Lunatic asylums in Bengal annual reports 1899-1911 - 1899-1911
Year: 1899
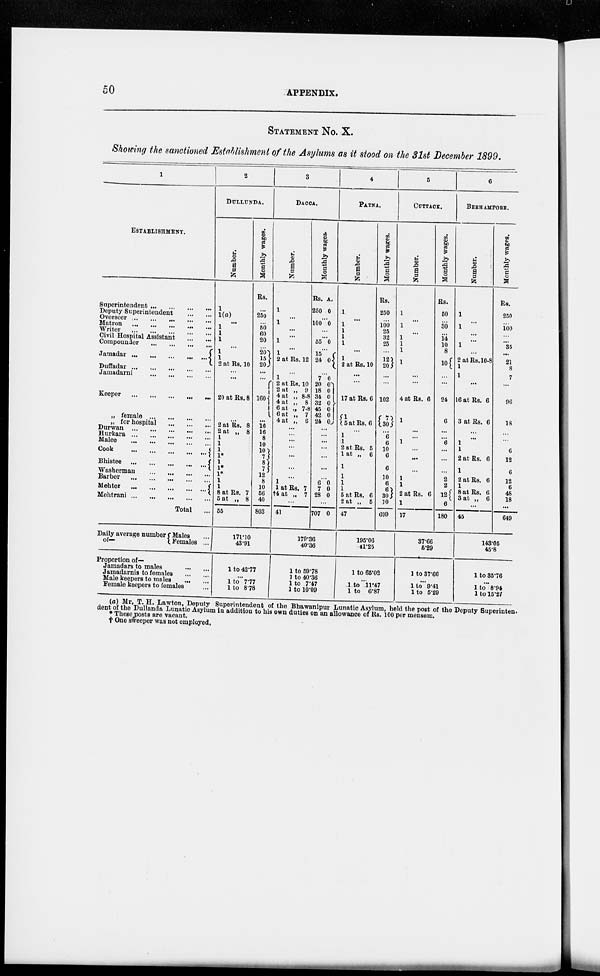
50
APPENDIX.
STATEMENT No. X.
Showing the sanctioned Establishment of the Asylums as it stood on the 31st December 1899.
1
ESTABLISHMENT.
Superintendent ... ... ... ...
Deputy Superintendent ... ...
Overseer ... ... ... ... ... ...
Matron ... ... ... ... ... ...
Writer ... ... ... ... ... ...
Civil Hospital Assistant ... ... ... ...
Compounder ... ... ... ...
Jamadar ... ... ... ...
Duffadar ... ... ... ...
Jamadarni ... ... ... ...
Keener ... ... ... ...
„ female ... ... ... ...
„ for hospital ... ... ... ...
Durwan ... ... ... ... ... ...
Hurkara ... ... ... ... ... ...
Malee ... ... ... ... ... ...
Cook ... ... ... ... ... ...
Bhistee ... ... ... ...
Washerman ... ... ... ...
Barber ... ... ... ... ... ...
Mehter ... ... ... ...
Mehtrani ... ... ... ...
Total ...
Daily average number
of—
Males ...
Females ...
Proportion of—
Jamadars to males ... ...
Jamadarnis to females ... ...
Male keepers to males ... ...
Female keepers to females ...
2
DULLUNDA.
Number.
1
1(a)
...
1
1
1
...
1
1
2 at Rs. 10
...
...
20 at Rs. 8
...
2 at Rs. 8
2 at „ 8
1
1
1
1*
1
1*
1*
1
1
8 at Rs. 7
5 at „ 8
55
Monthly wages.
Rs.
...
2.50
...
50
60
20
...
20
15
20
...
...
100
...
16
16
8
10
10 7 8
7
12
8
10
56
40
803
171.10
43.91
1 to 42.77
...
1 to 7.77
1 to 8.78
3
DACCA.
Number.
1
...
1
...
...
1
...
1
2 at Rs. 12
...
...
1
2 at Rs. 10
2 at „ 9
4 at „ 8.8
4 at „ 8
6 at „ 7.8
6 at „ 7
4 at „ 6
...
...
...
...
...
...
...
...
1
1 at Rs. 7
†4 at „ 7
...
41
Monthly wages.
Rs.
250
a.
0
...
100 0
...
...
55 0
...
15
24
0
...
7
20
18
34
32
45
42
24
0
0
0
0
0
0
0
0
...
...
...
...
...
...
...
...
...
6
7
28
0
0
0
...
707 0
179.36
40.36
1 to 59.78
1 to 40.36
1 to 7.47
1 to
10.09
4
PATNA.
Number.
1
...
1
1
1
1
...
1
2 at Rs. 10
...
...
17 at Rs. 6
1
5 at Rs. 6
...
1
1
2 at Rs. 5
1 at „ 6
1
1
1
1
5 at Rs. 6
2 at „ 5
47
Monthly wages.
Rs.
250
...
100
25
32
25
...
... 12
20
...
...
102
7
30
... 6
6
10
6
6
10
6
6
30
10
699
195.06
41.25
1 to 65.02
...
1 to 11.47
1 to 6.87
5
CUTTACK.
Number.
1
...
1
...
1
1
1
...
1
...
...
4 at Rs. 6
1
...
...
1
...
...
...
1
1
2 at Rs. 6
1
17
Monthly wages.
Rs.
50
...
30
...
14
10
8
10
...
...
24
6
...
...
6
...
...
...
2
2
12
6
180
37.66
5.29
1 to 37.66
...
1 to 9.41
1 to 5.29
6
BERHAMPORE.
Number.
1
...
1
...
...
1
...
2 at Rs.10.8
1
1
...
16 at Rs. 6
3 at Rs. 6
...
...
1
1
2 at Rs. 6
1
2 at Rs. 6
1
8 at Rs. 6
3 at „ 6
...
45
Monthly wages.
Rs.
250
...
100
...
...
35
...
21
8
7
...
96
18
...
...
6
12
6
12
6
48
18
...
649
143.05
45.8
1 to 85.76
...
1 to 8.94
1 to 15.27
(a) Mr. T. H. Lawton, Deputy Superintendent of the Bhawanipur Lunatic Asylum, held the post of the Deputy Superinten¬
dent of the Dullanda Lunatic Asylum in addition to his own duties on an allowance of Rs. 100 per mensem.
* These posts are vacant.
† One sweeper was not employed.